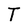
Character: T